Civil Veterinary Dept. Bombay admin report 1932-41 - 1932-1941
Year: 1932
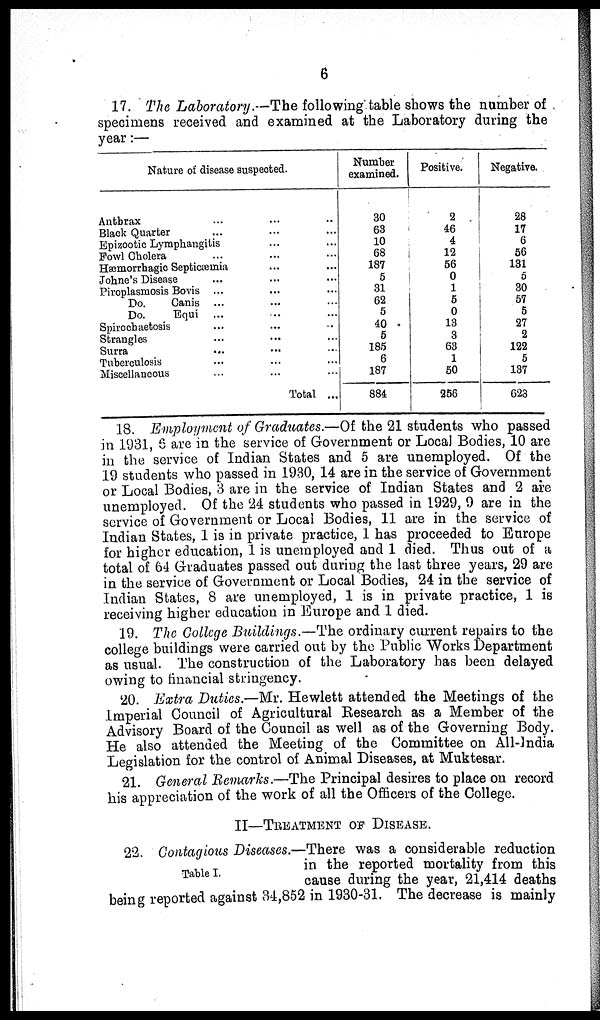
6
17. The Laboratory.—The following table shows the number of
specimens received and examined at the Laboratory during the
year:—
Nature of disease suspected.
Anthrax ... ... ...
Black Quarter ... ... ...
Epizootic Lymphangitis ... ... ...
Fowl Cholera ... ... ...
Hæmorrhagic Septicæmia ... ...
Johne's Disease ... ... ...
Piroplasmosis Bovis ... ... ...
Do.
Ganis ... ... ...
Do.
Equi ... ... ...
Spirochaetosis ... ... ...
Strangles ... ... ...
Surra ... ... ...
Tuberculosis ... ... ...
Miscellaneous ... ...
Total ...
Number
examined.
30
63
10
68
187
5
31
62
5
40
5
185
6
187
884
Positive.
2
46
4
12
56
0
1
5
0
13
3
63
1
50
256
Negative.
28
17
6
56
131
5
30
57
5
27
2
122
5
137
623
18. Employment of Graduates.—Of the 21 students who passed
in 1931, 6 are in the service of Government or Local Bodies, 10 are
in the service of Indian States and 5 are unemployed. Of the
19 students who passed in 1930, 14 are in the service of Government
or Local Bodies, 3 are in the service of Indian States and 2 are
unemployed. Of the 24 students who passed in 1929, 9 are in the
service of Government or Local Bodies, 11 are in the service of
Indian States, 1 is in private practice, 1 has proceeded to Europe
for higher education, 1 is unemployed and 1 died. Thus out of a
total of 64 Graduates passed out during the last three years, 29 are
in the service of Government or Local Bodies, 24 in the service of
Indian States, 8 are unemployed, 1 is in private practice, 1 is
receiving higher education in Europe and 1 died.
19. The College Buildings.—The ordinary current repairs to the
college buildings were carried out by the Public Works Department
as usual. The construction of the Laboratory has been delayed
owing to financial stringency.
20. Extra Duties.—Mr. Hewlett attended the Meetings of the
Imperial Council of Agricultural Research as a Member of the
Advisory Board of the Council as well as of the Governing Body.
He also attended the Meeting of the Committee on All-India
Legislation for the control of Animal Diseases, at Muktesar.
21. General Remarks.—The Principal desires to place on record
his appreciation of the work of all the Officers of the College.
II—TREATMENT OF DISEASE.
Table I.
22. Contagious Diseases.—There was a considerable reduction
in the reported mortality from this
cause during the year, 21,414 deaths
being reported against 34,852 in 1930-31. The decrease is mainly